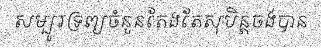
សម្បូរទ្រព្យចំនួនតែងតែសុបិន្តចង់បាន